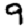
Digit: 9